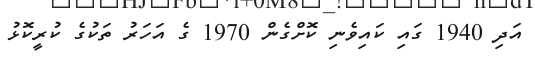
އަދި 1940 ގައި ކައިވެނި ކޮށްގެން 1970 ގެ އަހަރު ތަކުގެ ކުރީކޮޅު